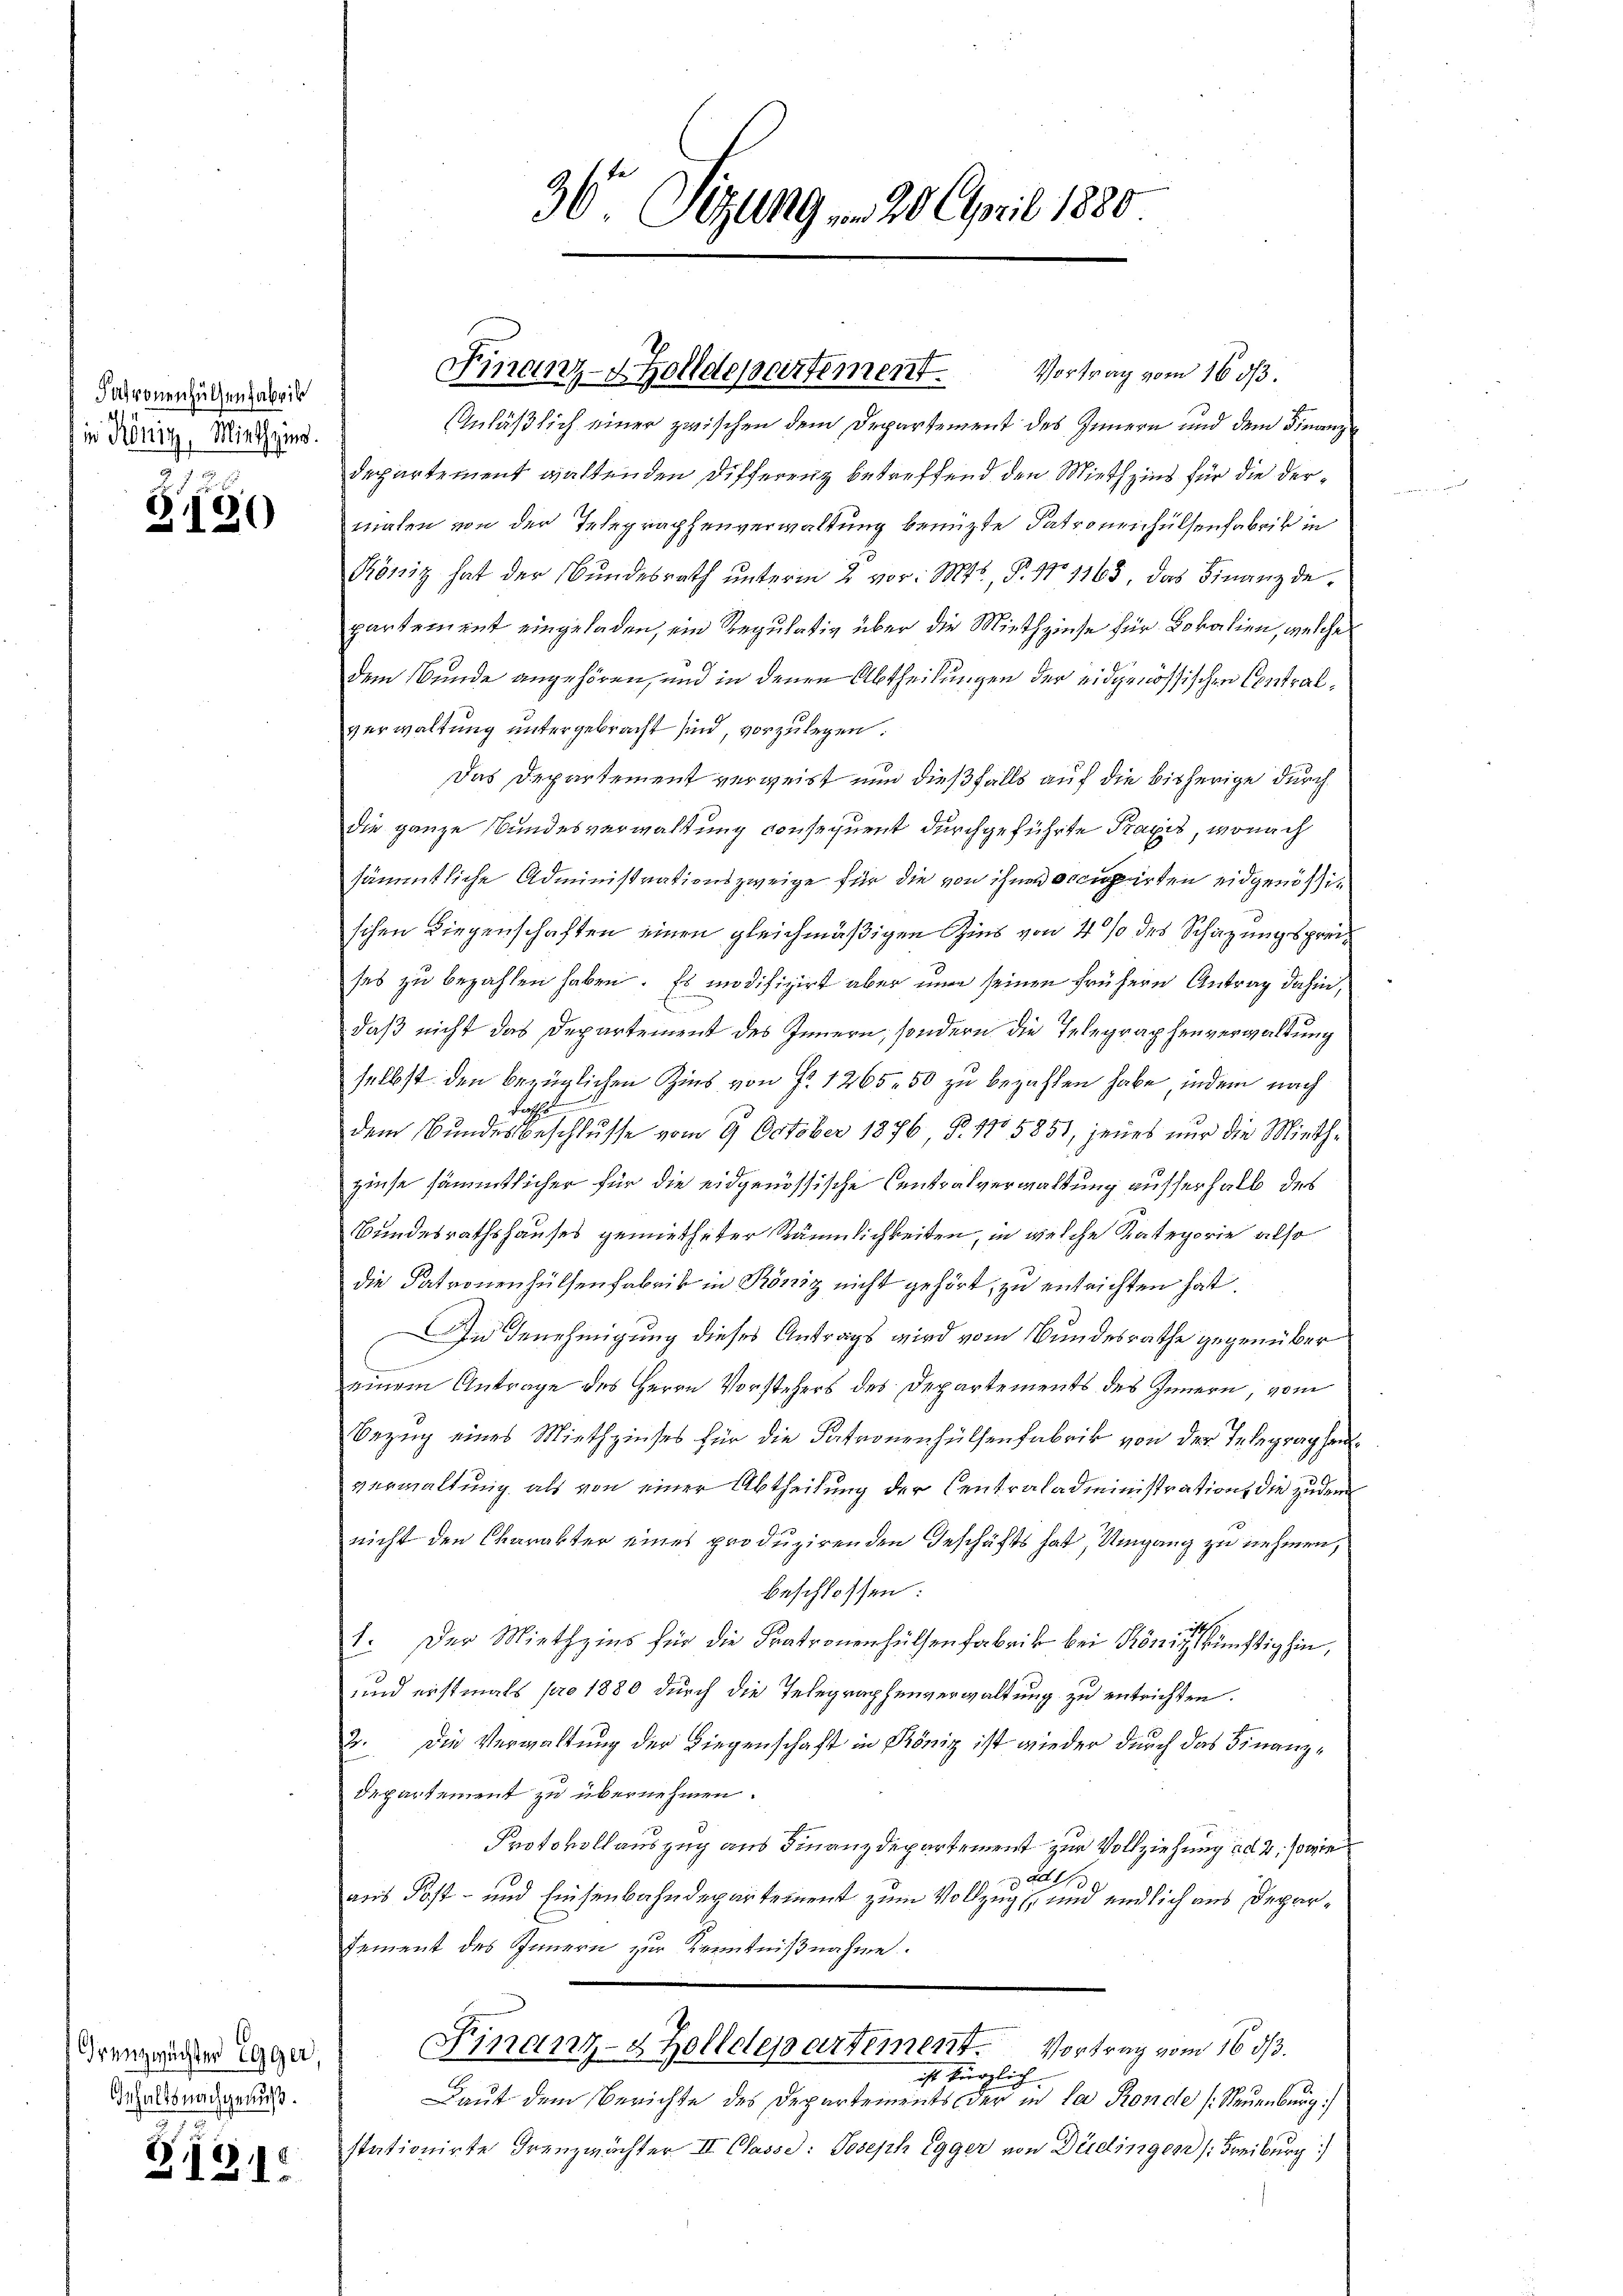
Patronenhülsenfabrik
in König, Miethzins.

da
B.191)

Grenzwachten Egger
Gehalts nachgenuß.

B.12.1

Anläßlich einer zwischen dem Departement des Innern und dem Finanz
departement waltenden Differenz betreffend den Miethzins für die dermalen von der Telegraphenverwaltung benützte Patronenhülsenfabrik in
Töniz hat der Bundesrath unterm 2 vor. Mts., P. No 1163 das Finanzdepartement eingeladen, ein Regulativ über die Miethzinse für Lokalien, welche
dem Bunde angehören, und in denen Abtheilungen der eidgenössischen Contralverwaltung untergebracht sind, vorzulegen.
Das Departement verweist nun dießfalls auf die bisherige durch
die ganze Bundesverwaltung vonsequent durchgeführte Praxis, wonach
sämmtliche Administrationszweige für die von ihn occupirten eidgenößischen Liegenschaften einen gleichmäßigen Zins von 4 % des Schazungsprüses zu bezahlen haben. Es modifizirt aber eine seinen frühern Antrag dahin,
daß nicht das Departement des Innern, sondern die Telegraphenverwaltung
selbst den bezüglichen Zins von Fr. 1265. 50 zu bezahlen habe, indem nach
a
dem Bundesbeschlusse vom 9. October 1876 §. 1705851, jenes nur die Mieth-
zinse sämmtlicher für die eidgenössische Centralverwaltung ausserhalb des
Bundesrathshauses gemietheter Räumlichkeiten, in welche Kategorie also
die Patronenhülfenfabrik in Köniz nicht gehört, zu entreichten hat.
In Benehmigung dieses Antrags wird vom Bundesrathe gegenüber
einem Antrage des Herrn Vorstehers des Departements des Innern, vom
Bezug eines Miethzinses für die Patronenhülfenfabrik von der Telegraphenverwaltung als von einer Abtheilung der Centraladministration die zudem
nicht den Charakter eines produzirenden Geschäfts hat, Umgang zu nehmen,
beschlossen:
1. Der Miethzins für die Fratronenhülsenfabrik bei König erftighin,
und erstmals pro 1880 durch die Telegraphenverwaltung zu entrichten.
2. Die Verwaltung der Liegenschaft in Köniz ist wieder durch das Finanzdepartement zu übernehmen.
Protokollauszug aus Finanzdepartement zur Vollziehung ad 2, sowie
d139
aus Post- und Einsenbahndepartement zum Vollzug und endlich aus Depar¬
Dement des Innern zur Kenntnißnahme.
Finanz- & Zolldepartement. Vortrag vom 16. ds.
ist kürzlich
Laut dem Berichte des Departements der in da Ronde (Neuenburg)
stationirte Grenzmächter II Classe: Joseph Egger von Düdingen (Freiburg

36 Sizung v. 20. April 1880

Finanz-Zolldepartement. Vortrag vom 16 1/3.